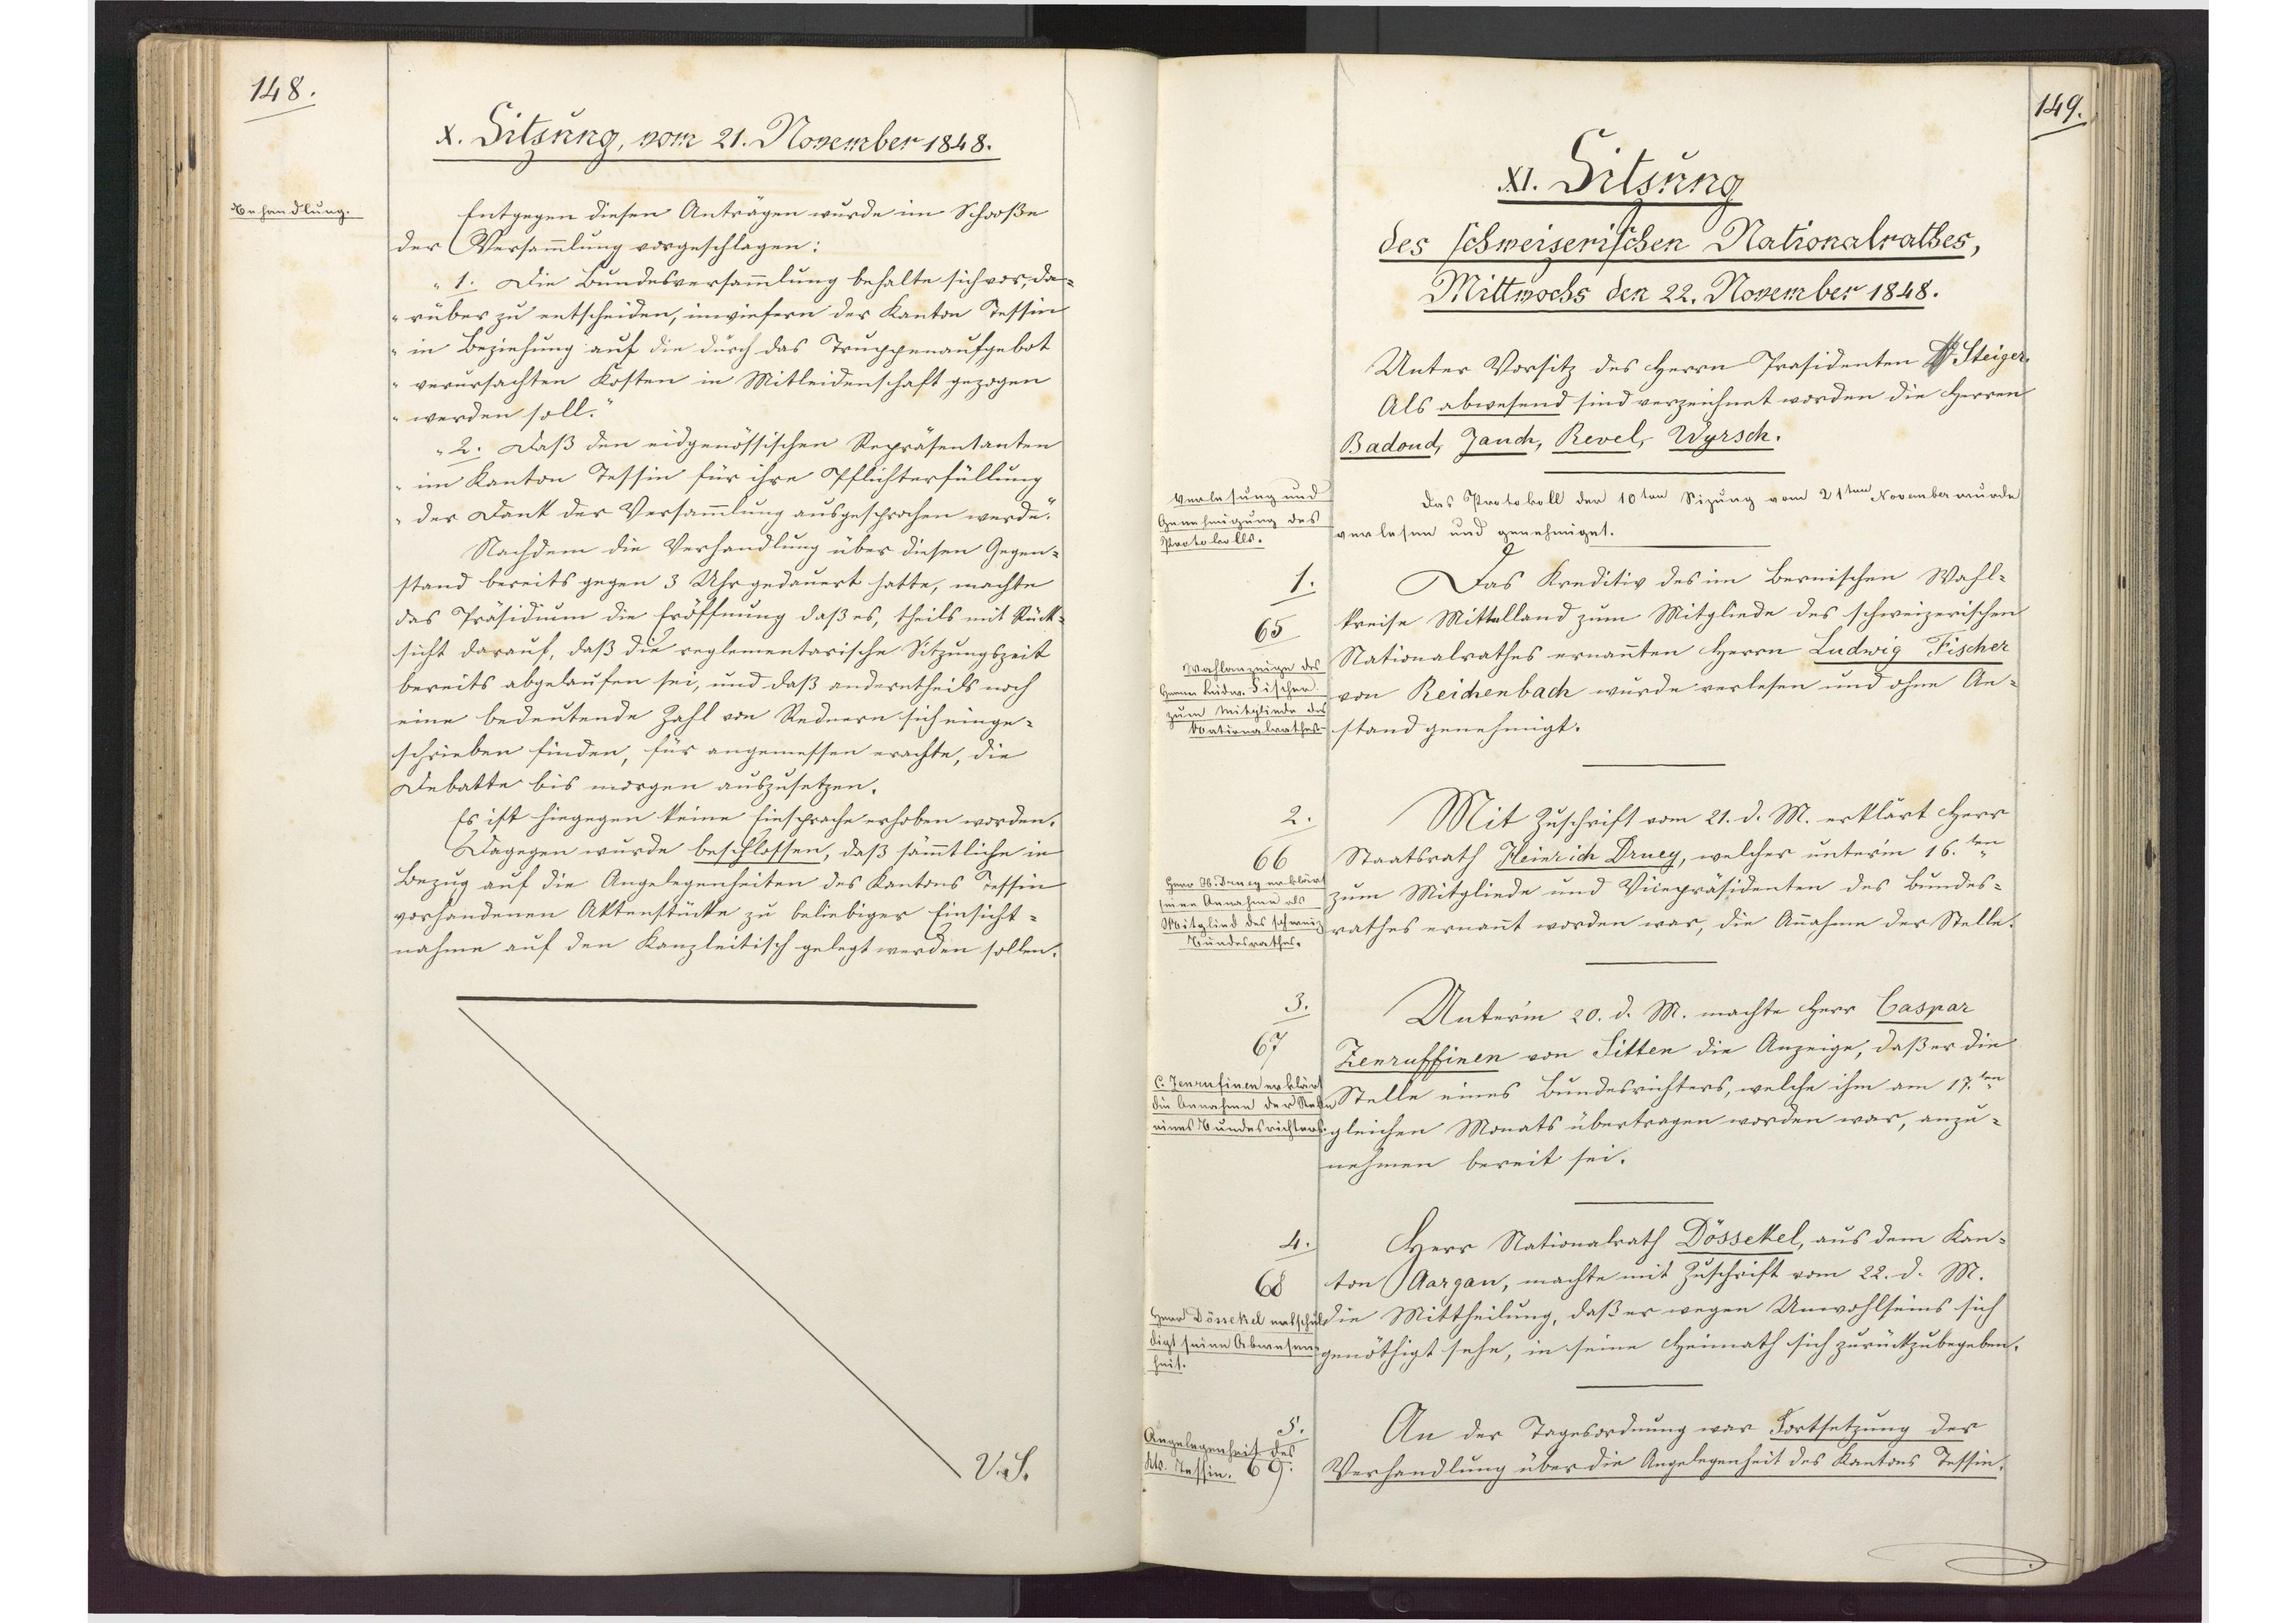
148.

X. Sitzung, vom 21. November 1848.

Entgegen diesen Anträgen wurde im Schooße
der Versammlung vorgeschlagen:
"1. Die Bundesversammlung behalte sich vor, da¬
rüber zu entscheiden, inwiefern der Kanton Tessin
in Beziehung auf die durch das Truppenaufgebot
verursachten Kosten in Mitleidenschaft gezogen
werden soll.
2. Daß den eidgenössischen Repräsentanten
im Kanton Tessin für ihre Pflichterfüllung
der Dank der Versammlung ausgesprochen werde."
Nachdem die Verhandlung über diesen Gegen¬
stand bereits gegen 3 Uhr gedauert hatte, machte
das Präsidium die Eröffnung daß es, theils mit Rück¬
sicht darauf, daß die reglementarische Sitzungszeit
bereits abgelaufen sei, und daß anderntheils noch
eine bedeutende Zahl von Rednern sich einge¬
schrieben finden, für angemessen erachte, die
Debatte bis morgen auszusetzen.
Es ist hiegegen keine Einsprache erhoben worden.
Dagegen wurde beschlossen, daß sämmtliche in
Bezug auf die Angelegenheiten des Kantons Tessin
vorhandenen Aktenstücke zu beliebiger Einsicht¬
nahme auf den Kanzleitisch gelegt werden sollen.

Behandlung.